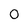
Character: 0